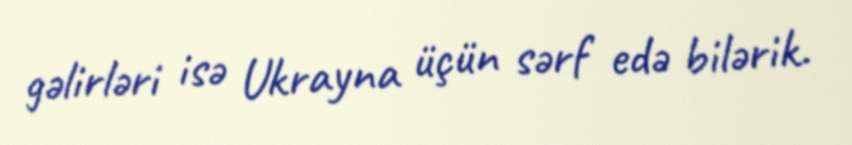
gəlirləri isə Ukrayna üçün sərf edə bilərik.